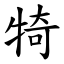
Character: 犄